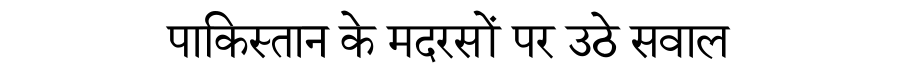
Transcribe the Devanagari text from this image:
पाकिस्तान के मदरसों पर उठे सवाल